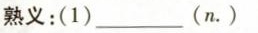
熟义:(1)_(n.)